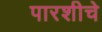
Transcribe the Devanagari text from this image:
पारशीचे